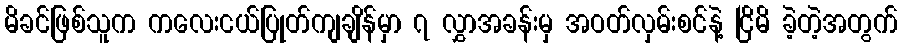
မိခင်ဖြစ်သူက ကလေးငယ်ပြုတ်ကျချိန်မှာ ၇ လွှာအခန်းမှ အဝတ်လှမ်းစင်နဲ့ ငြိမိ ခဲ့တဲ့အတွက်